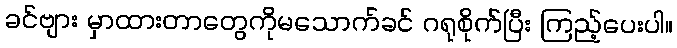
ခင်ဗျား မှာထားတာတွေကိုမသောက်ခင် ဂရုစိုက်ပြီး ကြည့်ပေးပါ။